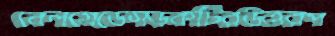
বেলগ্রেডেসড়কটিরউত্তরপ